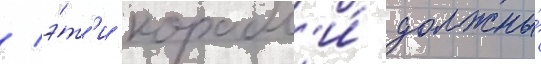
/ э́т'и корабл'и́ должны́